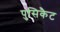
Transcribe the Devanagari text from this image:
पुसिकैट